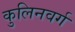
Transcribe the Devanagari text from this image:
कुलिनवर्ग